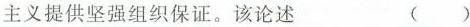
主义提供坚强组织保证。该论述 ( )